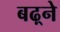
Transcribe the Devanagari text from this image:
बढ़्ने